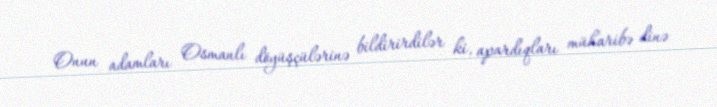
Onun adamları Osmanlı döyüşçülərinə bildirirdilər ki, apardıqları müharibə dinə